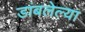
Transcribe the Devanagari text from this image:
डांबलेल्या